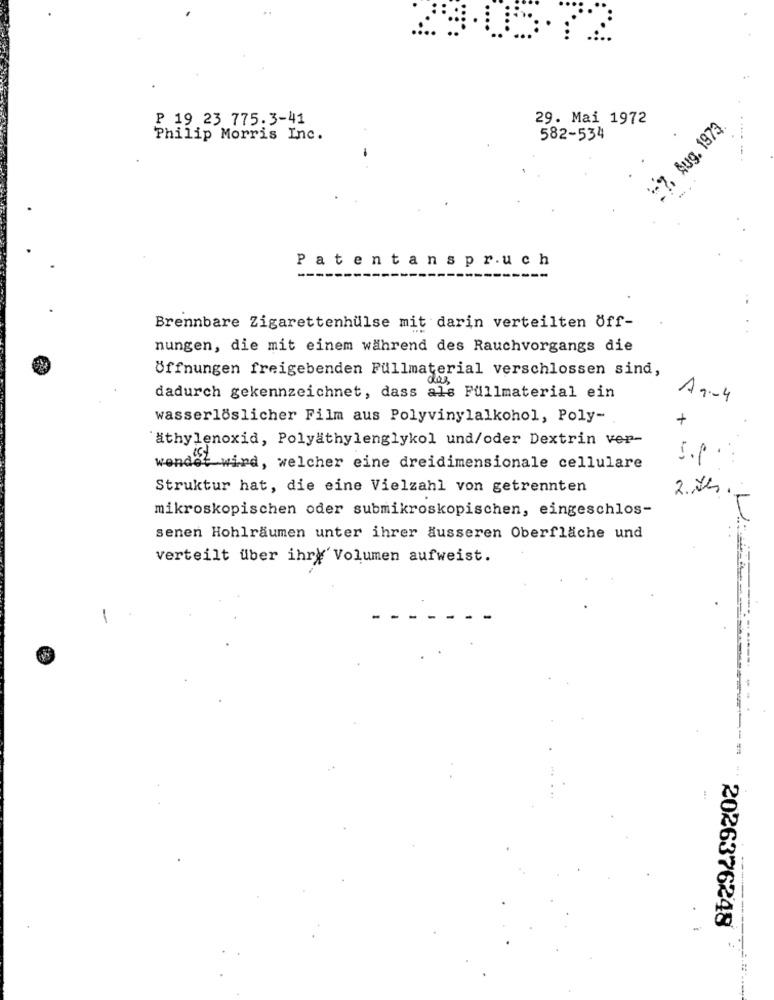
P 19 23 775.3-41
29. Mai 1972
-7, Aug. 1973.
Philip Morris Inc.
582-534
-
Patentanspruch
Brennbare Zigarettenhülse mit darin verteilten Öff-
nungen, die mit einem während des Rauchvorgangs die
Öffnungen freigebenden Füllmaterial verschlossen sind,
dadurch gekennzeichnet, dass als Fullmaterial ein
A 1-4
wasserlöslicher Film aus Polyvinylalkohol, Poly-
+
athylenoxid, Polyathylenglykol und/oder Dextrin ver-
S.P.
wendel wird, welcher eine dreidimensionale cellulare
Struktur hat, die eine Vielzahl von getrennten
2. As.
mikroskopischen oder submikroskopischen, eingeschlos-
senen Hohlräumen unter ihrer äusseren Oberfläche und
verteilt über ihry' Volumen aufweist.
-
---
---
2026376248